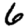
Digit: 6